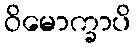
ဝိမောက္ခာပိ